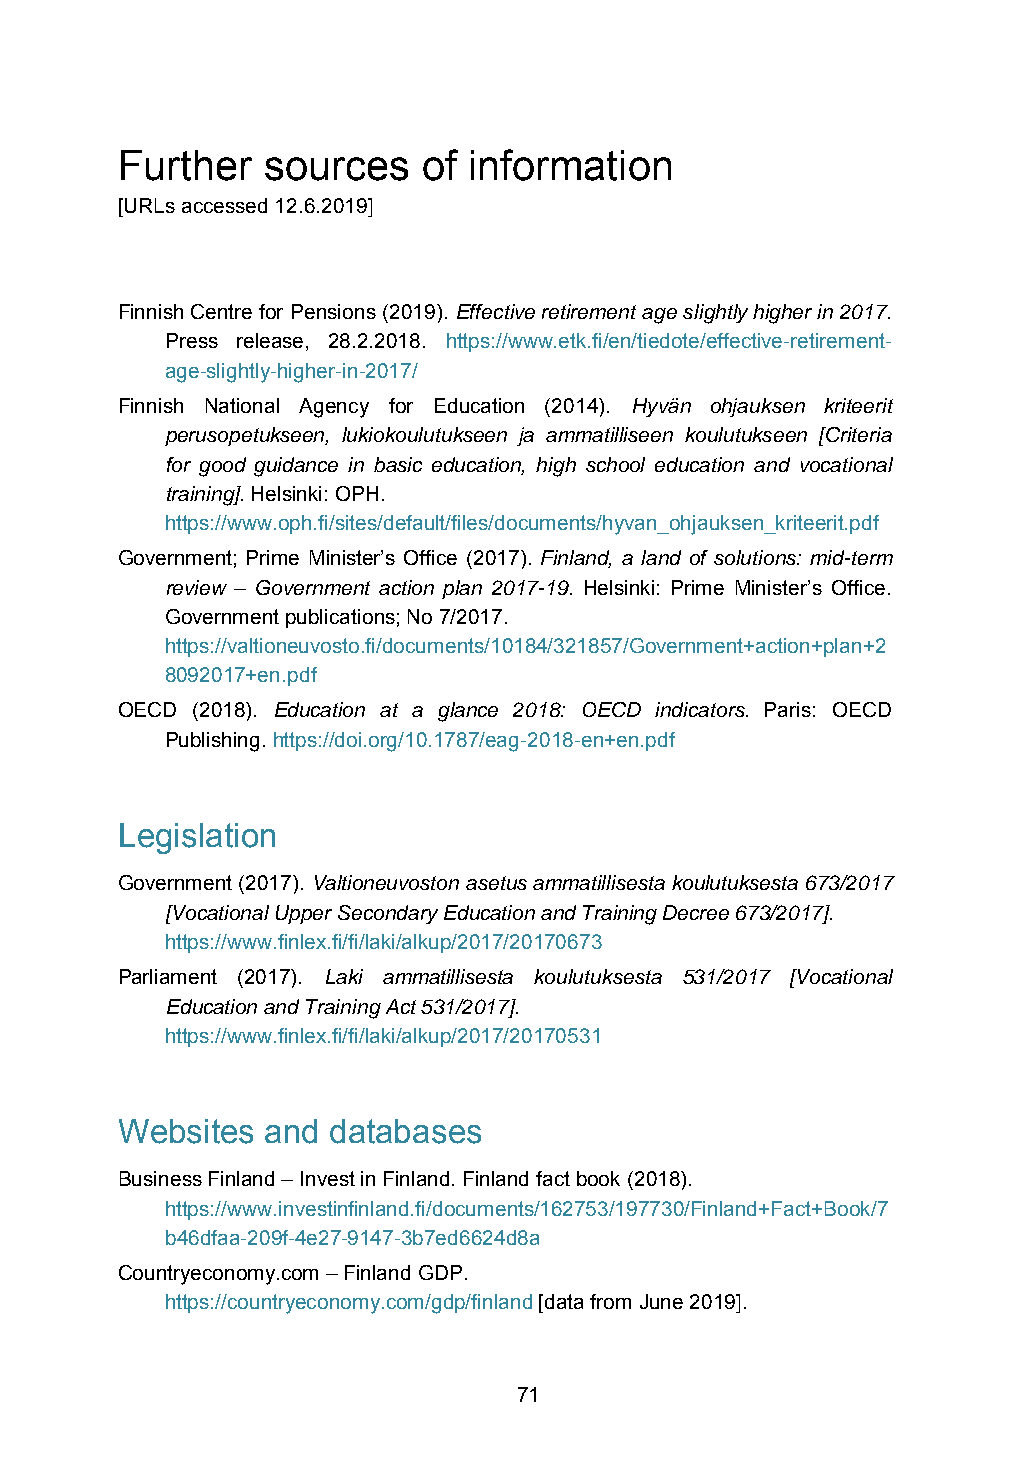
Further  sources    of information
 [URLs accessed 12.6.2019]
 Finnish Centre for Pensions (2019). Effective retirement age slightly higher in 2017.
 Press release, 28.2.2018. https://www.etk.fi/en/tiedote/effective-retirement-
 age-slightly-higher-in-2017/
 Finnish National Agency for Education (2014). Hyvän ohjauksen kriteerit
 perusopetukseen, lukiokoulutukseen ja ammatilliseen koulutukseen [Criteria
 for good guidance in basic education, high school education and vocational
 training]. Helsinki: OPH.
 https://www.oph.fi/sites/default/files/documents/hyvan_ohjauksen_kriteerit.pdf
 Government; Prime Minister’s Office (2017). Finland, a land of solutions: mid-term
 review – Government action plan 2017-19. Helsinki: Prime Minister’s Office.
 Government publications; No 7/2017.
 https://valtioneuvosto.fi/documents/10184/321857/Government+action+plan+2
 8092017+en.pdf
 OECD (2018). Education at a glance 2018: OECD indicators. Paris: OECD
 Publishing. https://doi.org/10.1787/eag-2018-en+en.pdf
 Legislation
 Government (2017). Valtioneuvoston asetus ammatillisesta koulutuksesta 673/2017
 [Vocational Upper Secondary Education and Training Decree 673/2017].
 https://www.finlex.fi/fi/laki/alkup/2017/20170673
 Parliament (2017). Laki ammatillisesta koulutuksesta 531/2017 [Vocational
 Education and Training Act 531/2017].
 https://www.finlex.fi/fi/laki/alkup/2017/20170531
 Websites  and databases
 Business Finland – Invest in Finland. Finland fact book (2018).
 https://www.investinfinland.fi/documents/162753/197730/Finland+Fact+Book/7
 b46dfaa-209f-4e27-9147-3b7ed6624d8a
 Countryeconomy.com – Finland GDP.
 https://countryeconomy.com/gdp/finland [data from June 2019].
 71